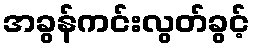
အခွန်ကင်းလွတ်ခွင့်